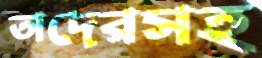
তাদেরসহ